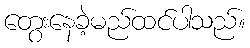
တွေးနေခဲ့မည်ထင်ပါသည်။